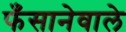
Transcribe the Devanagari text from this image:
फँसानेवाले